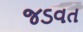
જડવત